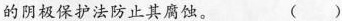
的阴极保护法防止其腐蚀。 ( )